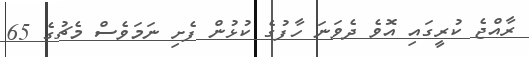
ރާއްޖެ ކުރީގައި އޮވެ ދެވަނަ ހާފުގެ ކުޅުން ފެށި ނަމަވެސް މެޗުގެ 65